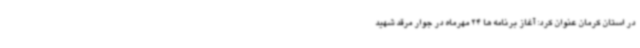
در استان کرمان عنوان کرد: آغاز برنامه ها 24 مهرماه در جوار مرقد شهید